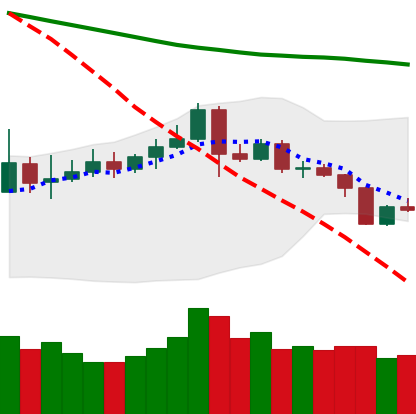
Ticker: ETC-USD
Chart end date: 2019-11-17
Forward return: -16.27%
Label: down_7plus